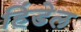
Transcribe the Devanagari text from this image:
हिंडेल